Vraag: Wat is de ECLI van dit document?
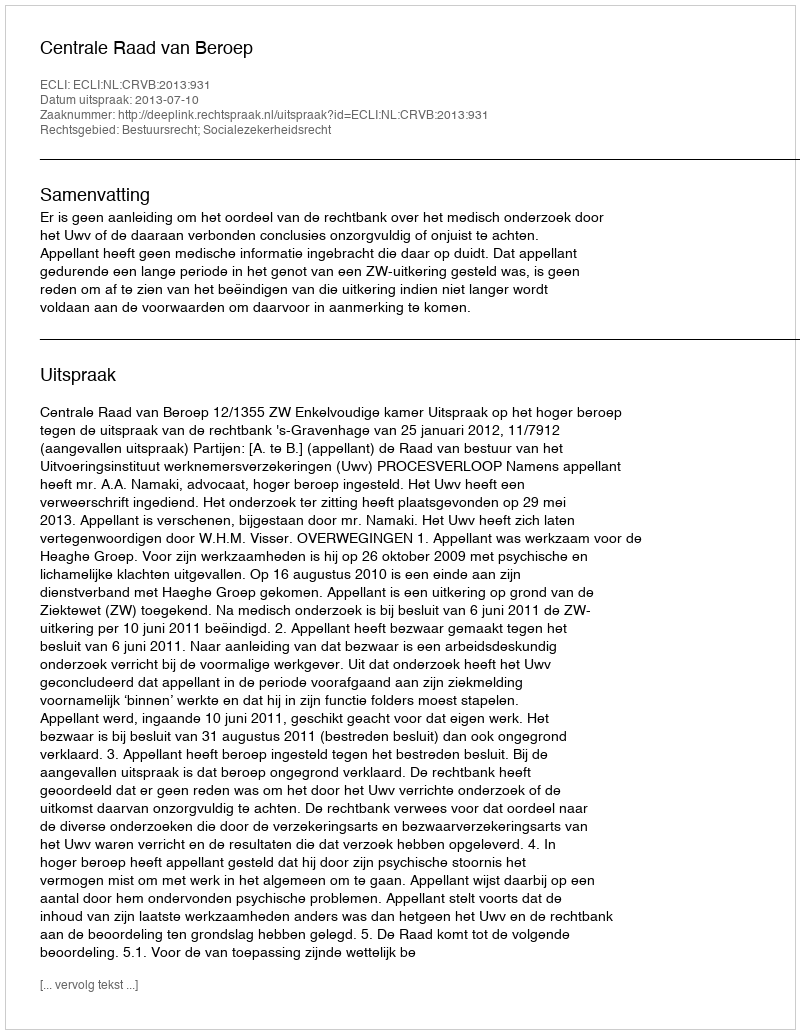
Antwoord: ECLI:NL:CRVB:2013:931